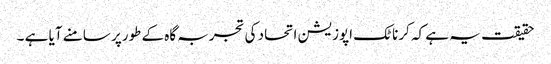
حقیقت یہ ہے کہ کرناٹک اپوزیشن اتحاد کی تجربہ گاہ کے طورپر سامنے آیا ہے ۔